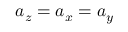
a _ { z } = a _ { x } = a _ { y }